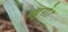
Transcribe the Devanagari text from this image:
ब्यूरो।